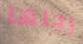
رجلها